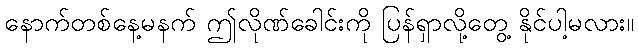
နောက်တစ်နေ့မနက် ဤလိုဏ်ခေါင်းကို ပြန်ရှာလို့တွေ့ နိုင်ပါ့မလား။